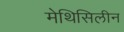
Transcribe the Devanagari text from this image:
मेथिसिलीन